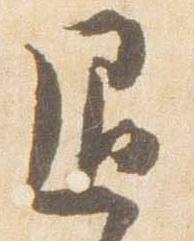
退